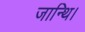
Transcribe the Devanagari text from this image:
जान्थि।